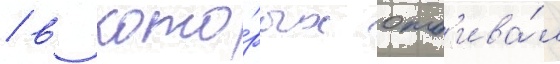
/ в кото́рых отб'ива́л